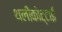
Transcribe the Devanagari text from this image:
थलीकोट्टाई